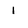
Character: l